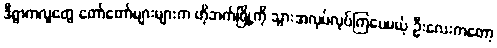
ဒီရွာကလူတွေ တော်တော်များများက ဟိုဘက်မြို့ကို သွားအလုပ်လုပ်ကြပေမယ့် ဦးလေးကတော့